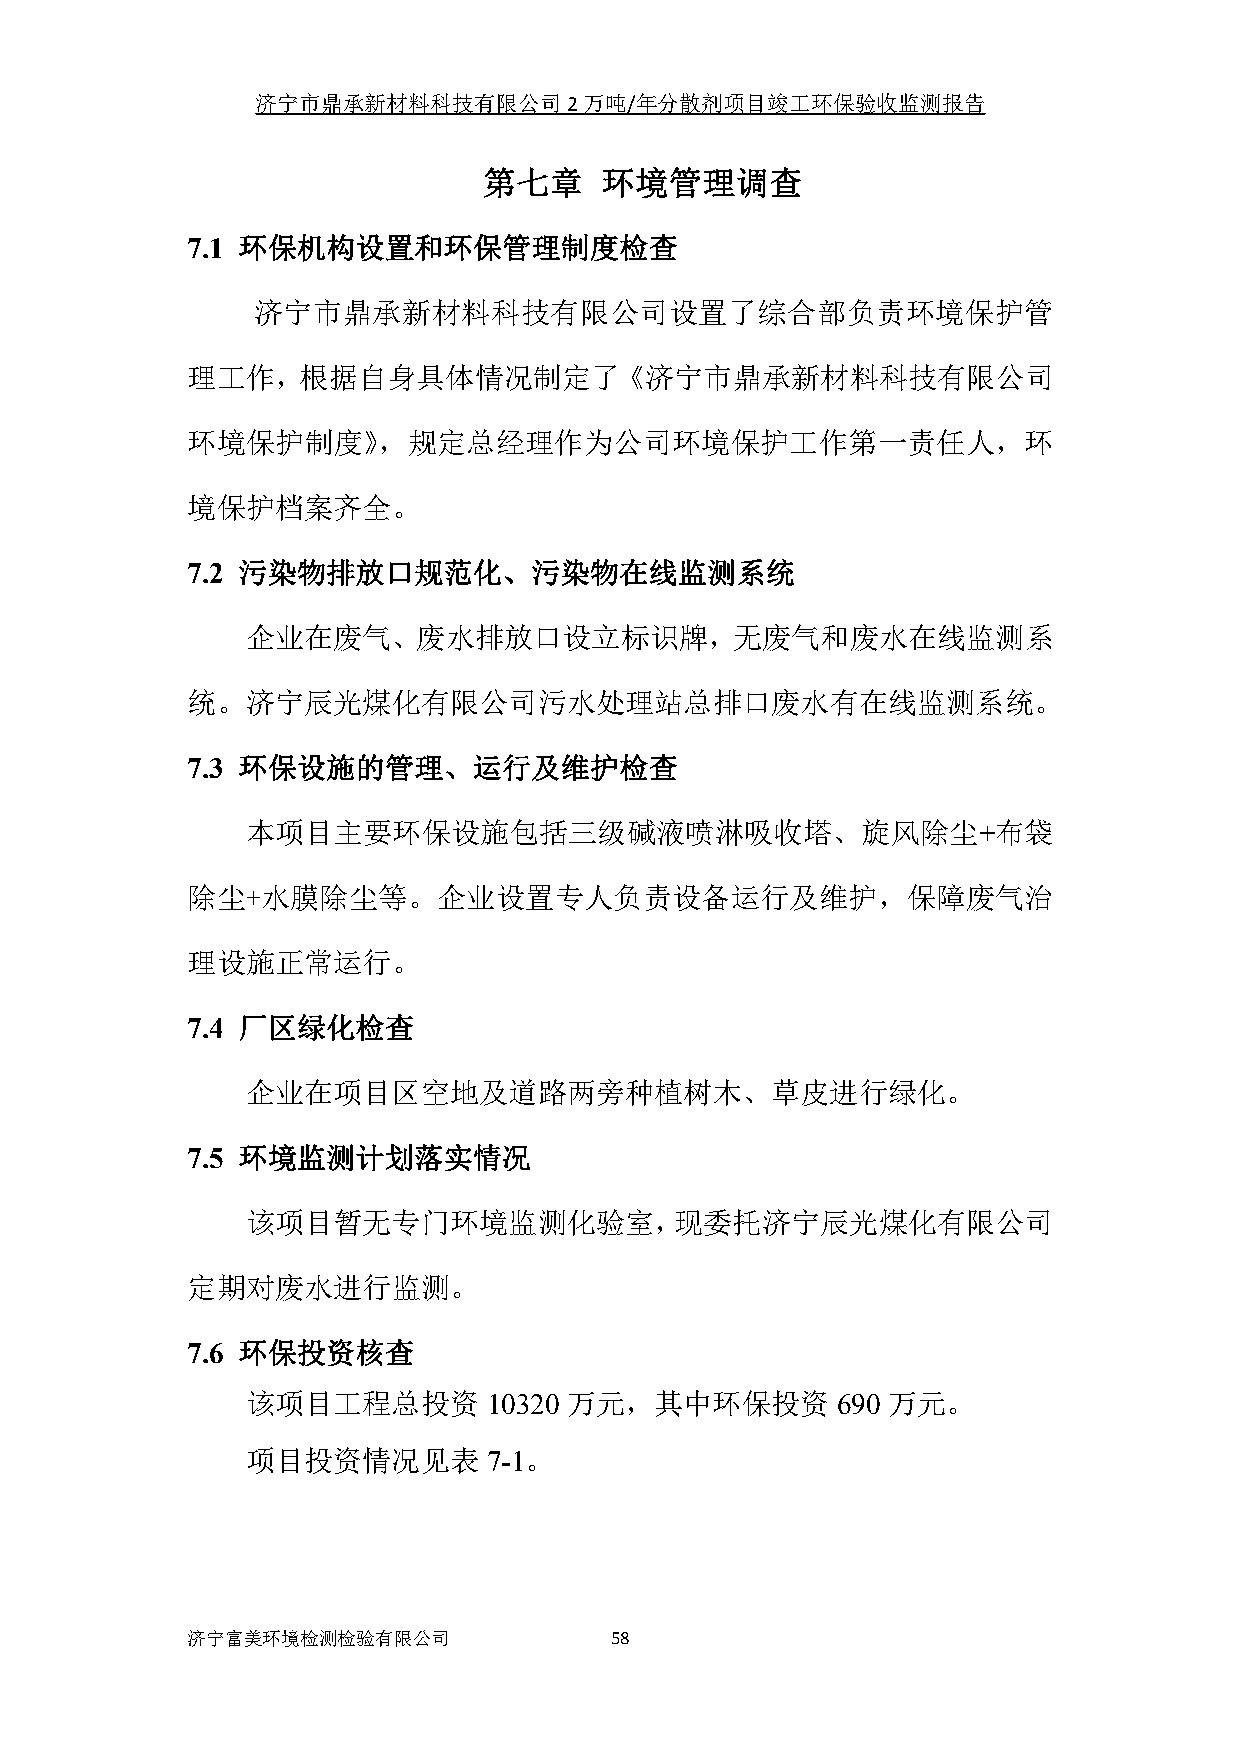
济宁市鼎承新材料科技有限公司2万吨/年分散剂项目竣工环保验收监测报告
 第七章     环境管理调查
 7.1 环保机构设置和环保管理制度检查
 济宁市鼎承新材料科技有限公司设置了综合部负责环境保护管
 理工作，根据自身具体情况制定了《济宁市鼎承新材料科技有限公司
 环境保护制度》，规定总经理作为公司环境保护工作第一责任人，环
 境保护档案齐全。
 7.2 污染物排放口规范化、污染物在线监测系统
 企业在废气、废水排放口设立标识牌，无废气和废水在线监测系
 统。济宁辰光煤化有限公司污水处理站总排口废水有在线监测系统。
 7.3 环保设施的管理、运行及维护检查
 本项目主要环保设施包括三级碱液喷淋吸收塔、旋风除尘+布袋
 除尘+水膜除尘等。企业设置专人负责设备运行及维护，保障废气治
 理设施正常运行。
 7.4 厂区绿化检查
 企业在项目区空地及道路两旁种植树木、草皮进行绿化。
 7.5 环境监测计划落实情况
 该项目暂无专门环境监测化验室，现委托济宁辰光煤化有限公司
 定期对废水进行监测。
 7.6 环保投资核查
 该项目工程总投资        10320 万元，其中环保投资        690 万元。
 项目投资情况见表        7-1。
 济宁富美环境检测检验有限公司              58